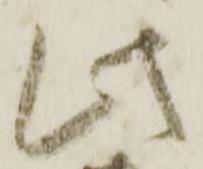
此